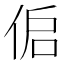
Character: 𰂌